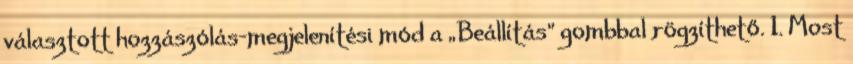
választott hozzászólás-megjelenítési mód a „Beállítás” gombbal rögzíthető. 1. Most